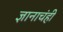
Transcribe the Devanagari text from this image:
ज्ञानाचंही